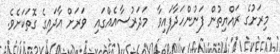
މިރަށުގެ ރައްޔިތުން ފަނުންހަދާފައިވާ  މަދަރުސާއެއްގައި  ވަރަށް އާދައިގެ ގޮތަކަށެވެ.